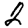
Digit: 2